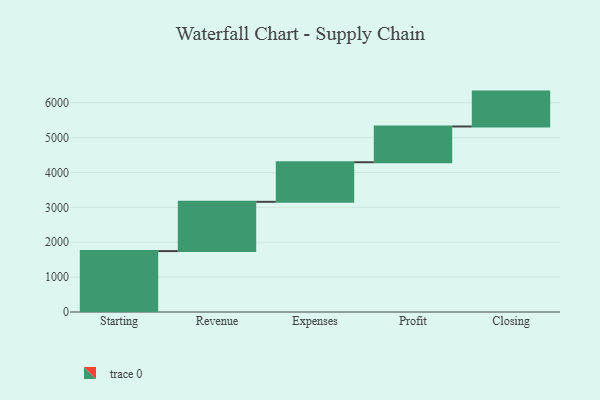
{"axis": {"x": "Step", "y": "Value"}, "legend": [""], "data": [{"x": "Starting", "y": 1746.0, "type": ""}, {"x": "Revenue", "y": 1413.0, "type": ""}, {"x": "Expenses", "y": 1135.0, "type": ""}, {"x": "Profit", "y": 1025.0, "type": ""}, {"x": "Closing", "y": 1000, "type": ""}]}